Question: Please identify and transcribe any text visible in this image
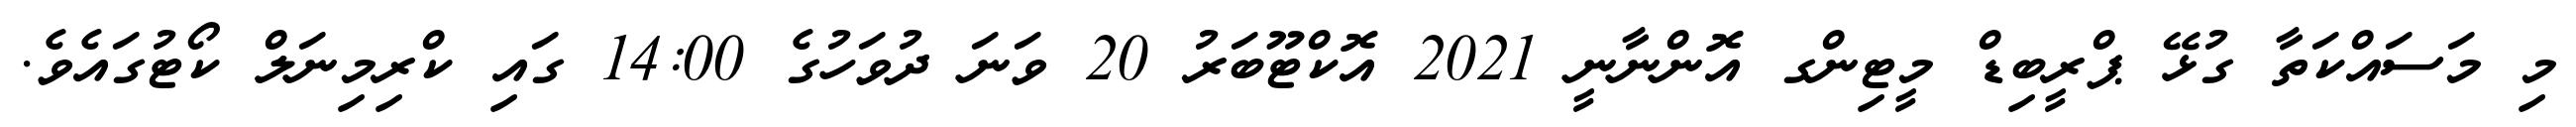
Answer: މި މަސައްކަތާ ގުޅޭ ޕްރީބިޑް މީޓިންގ އޮންނާނީ 2021 އޮކްޓޫބަރު 20 ވަނަ ދުވަހުގެ 14:00 ގައި ކްރިމިނަލް ކޯޓުގައެވެ.